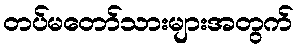
တပ်မတော်သားများအတွက်